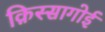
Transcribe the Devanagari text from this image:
क़िस्सागोई